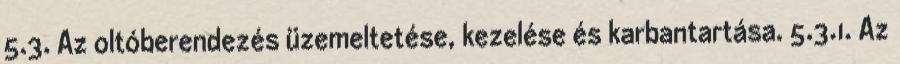
5.3. Az oltóberendezés üzemeltetése, kezelése és karbantartása. 5.3.1. Az